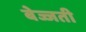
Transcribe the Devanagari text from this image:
बेज्जती